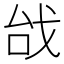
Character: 𢦯